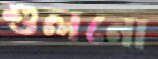
শুলনো